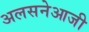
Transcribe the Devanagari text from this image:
अलसनेआजी